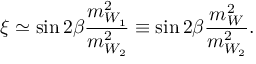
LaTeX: \xi \simeq \sin { 2 \beta } { \frac { m _ { W _ { 1 } } ^ { 2 } } { m _ { W _ { 2 } } ^ { 2 } } } \equiv \sin { 2 \beta } { \frac { m _ { W } ^ { 2 } } { m _ { W _ { 2 } } ^ { 2 } } } .